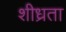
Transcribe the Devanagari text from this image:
शीध्रता